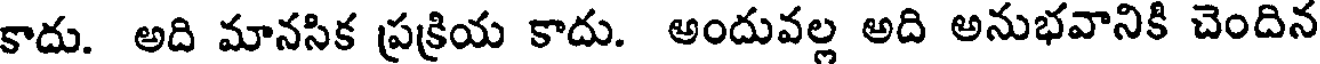
కాదు. అది మానసిక ప్రక్రియ కాదు. అందువల్ల అది అనుభవానికి చెందిన